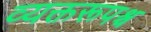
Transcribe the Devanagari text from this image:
व्यक्तरूपश्च